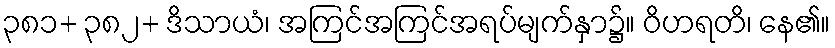
၃၈၁+ ၃၈၂+ ဒိသာယံ၊ အကြင်အကြင်အရပ်မျက်နှာ၌။ ဝိဟရတိ၊ နေ၏။